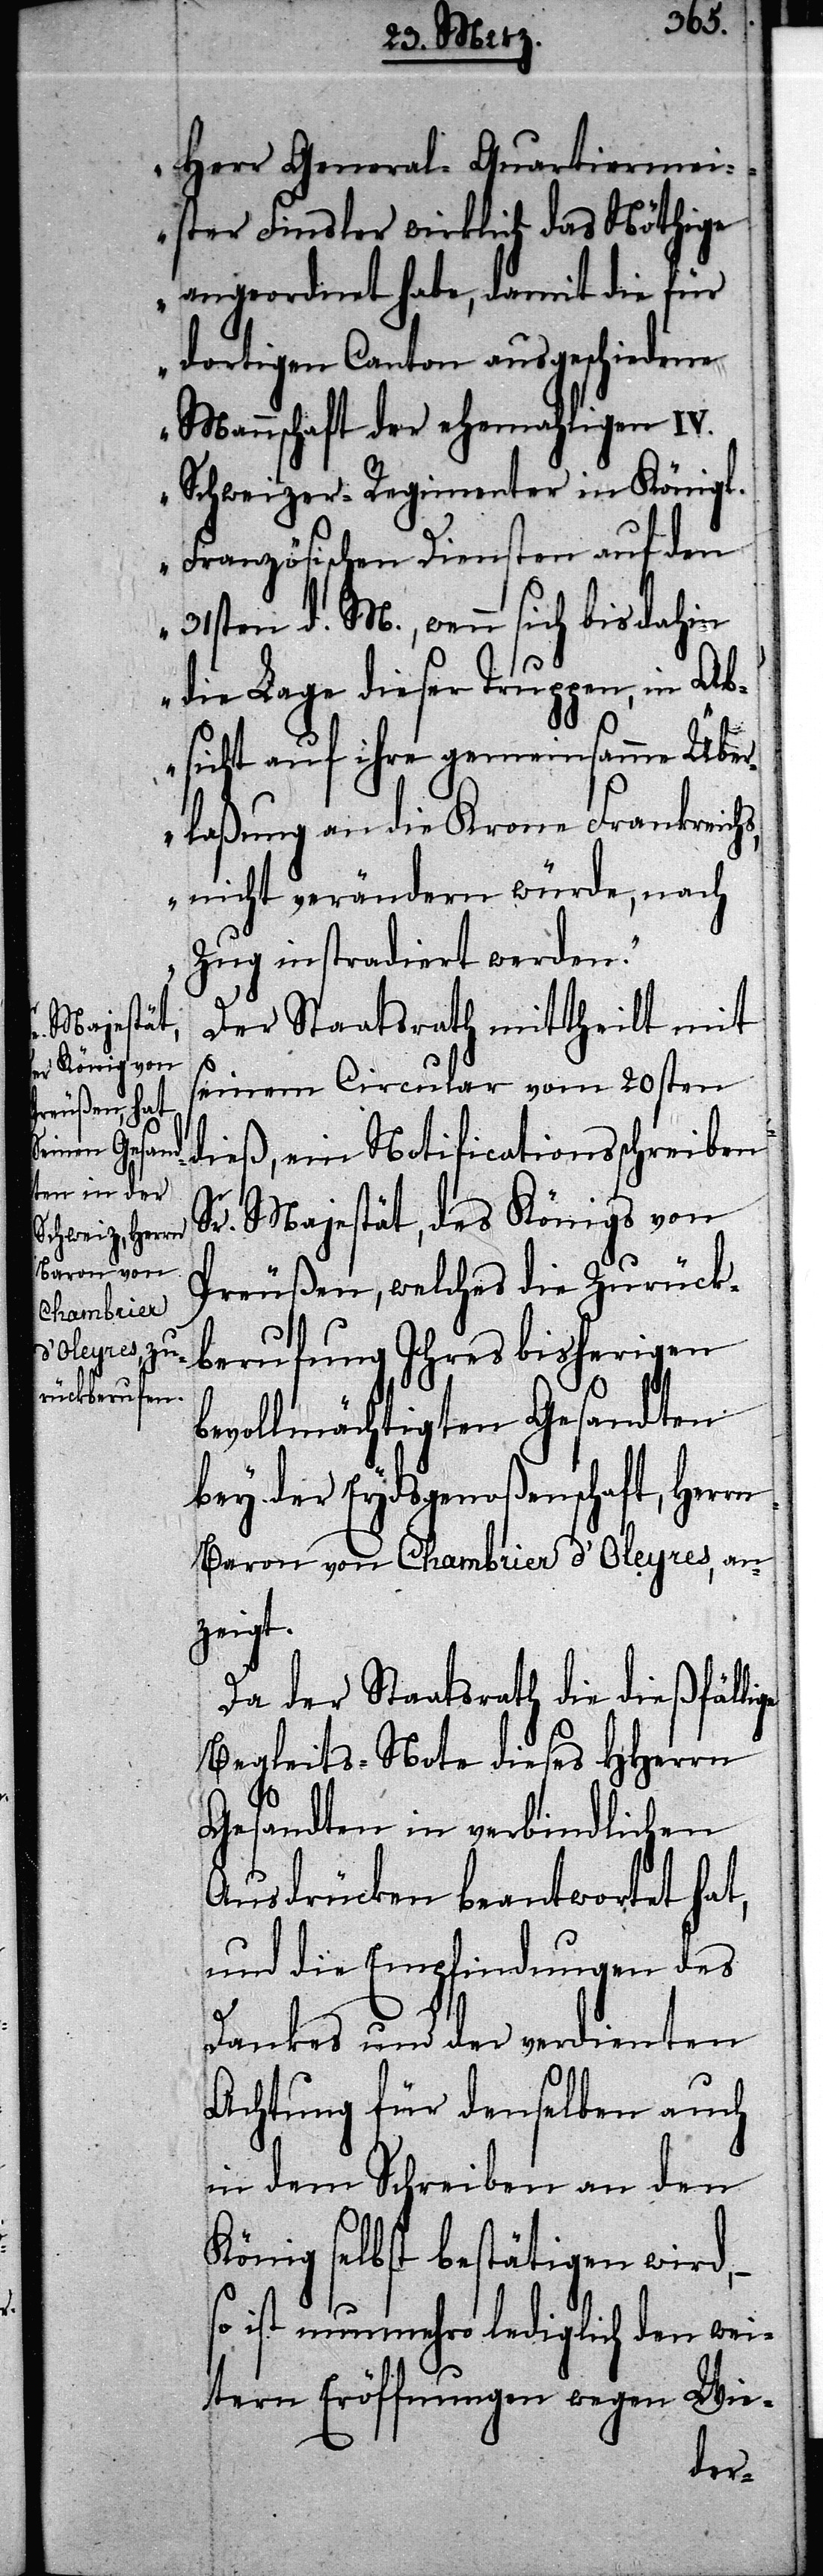
Herr General-Quartiermei¬
ster Finsler wirklich das Nöthige
angeordnet habe, damit die für
dortigen Canton ausgeschiedene
Mannschaft der ehemahligen IV.
Schweizer-Regimenter in Königl.
Französischen Diensten auf den
31sten d. M., wenn sich bisdahin
die Lage dieser Truppen, in Ab¬
sicht auf ihre gemeinsamme Übe¬
rlaßung an die Krone Frankreichs,
nicht verändern würde, nach
Zug instradiert werden.“
Der Staatsrath mittheilt mit
seinem Circular vom 20sten
dieß, ein Notificationsschreiben
Sr. Majestät, des Königs von
Preußen, welches die Zurück¬
berufung Ihres bisherigen
bevollmächtigten Gesandten
bey der Eydsgenoßenschaft, Herrn
Baron von Chambrier d’Oleyres, an¬
ige
Da der Staatsrath die dießfäll¬
Begleits-Note dieses HHerrn
Gesandten in verbindlichen
Ausdrücken beantwortet hat,
und die Empfindungen des
Dankes und der verdienten
Achtung für denselben auch
in dem Schreiben an den
König selbst bestätigen wird,
ist nunmehro lediglich den wei¬
tern Eröffnungen wegen Wie-